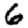
Digit: 6